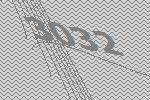
3032